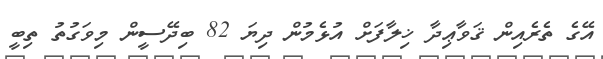
އޭގެ ތެރެއިން ޤަވާޢިދާ ޚިލާފަށް އުޅެމުން ދިޔަ 82 ބިދޭސީން މިވަގުތު ތިބީ